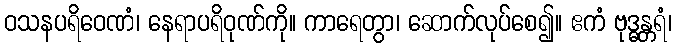
ဝသနပရိဝေဏံ၊ နေရာပရိဝုဏ်ကို။ ကာရေတွာ၊ ဆောက်လုပ်စေ၍။ ဧကံ ဗုဒ္ဓန္တရံ၊